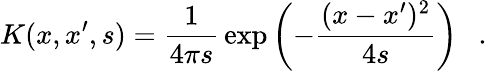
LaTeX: K(x,x^{\prime},s)={\frac{1}{4\pi s}}\exp\left(-{\frac{(x-x^{\prime})^{2}}{4s}}\right)~~~.